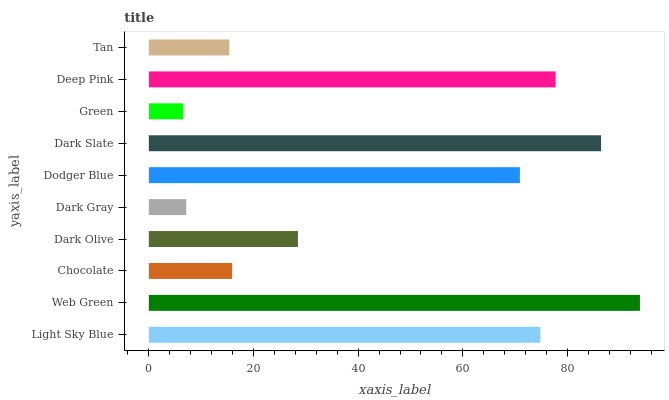
| yaxis_label | bars |
 | --- | --- |
 | Light Sky Blue | 74.8 |
 | Web Green | 93.8 |
 | Chocolate | 15.9 |
 | Dark Olive | 28.5 |
 | Dark Gray | 7.16 |
 | Dodger Blue | 70.9 |
 | Dark Slate | 86.4 |
 | Green | 6.52 |
 | Deep Pink | 77.7 |
 | Tan | 15.4 |